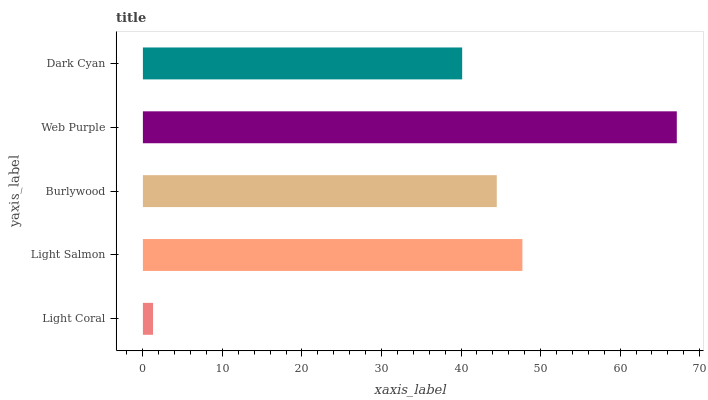
| yaxis_label | bars |
 | --- | --- |
 | Light Coral | 1.27 |
 | Light Salmon | 47.7 |
 | Burlywood | 44.5 |
 | Web Purple | 67.1 |
 | Dark Cyan | 40.1 |